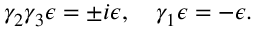
\gamma _ { 2 } \gamma _ { 3 } \epsilon = \pm i \epsilon , \ \ \ \gamma _ { 1 } \epsilon = - \epsilon .